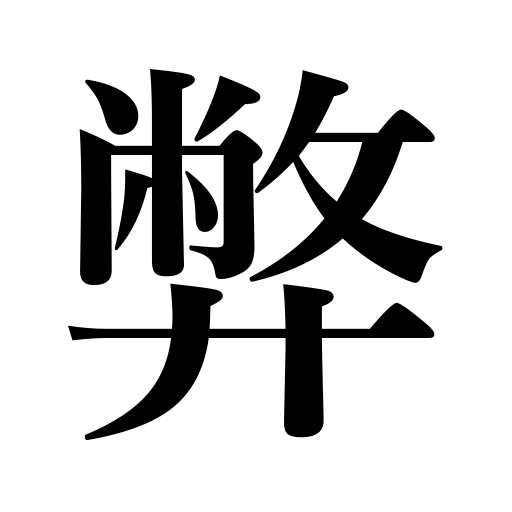
Meanings: ,abuse,bad custom,evil,tribute,breakage,our humble,vice,Shinto zigzag paper offering